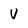
Character: V